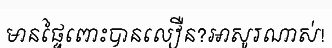
មានផ្ទៃពោះបានលឿន?អាសូរណាស់!